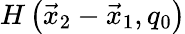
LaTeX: H\left(\vec{x}_{2}-\vec{x}_{1},q_{0}\right)